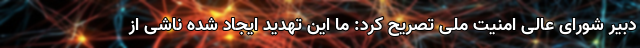
دبیر شورای عالی امنیت ملی تصریح کرد: ما این تهدید ایجاد شده ناشی از